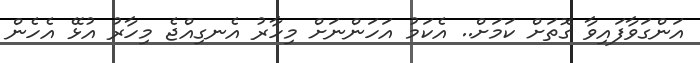
އަންގަވާފައިވާ ގޮތަށް ކަމަށް.. އެކަމު އަހަންނަށް މިހާރު އެނގިއްޖެ މިހާރު އުޅޭ އެހެން